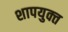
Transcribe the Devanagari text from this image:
शापयुक्‍त